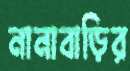
নানাবাড়ির